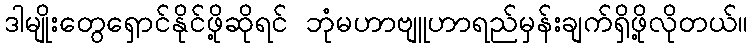
ဒါမျိုးတွေရှောင်နိုင်ဖို့ဆိုရင် ဘုံမဟာဗျူဟာရည်မှန်းချက်ရှိဖို့လိုတယ်။